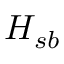
H _ { s b }